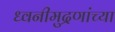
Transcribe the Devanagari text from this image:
ध्वनीमुद्रणांच्या